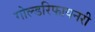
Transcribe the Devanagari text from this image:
गोल्डरिफायनरी